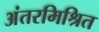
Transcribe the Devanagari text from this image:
अंतरमिश्रित